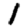
Digit: 1